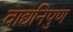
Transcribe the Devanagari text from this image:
वाद्यनिपुण